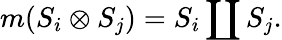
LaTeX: m(S_{i}\otimes S_{j})=S_{i}\coprod S_{j}.